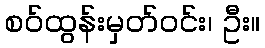
စဝ်ထွန်းမှတ်ဝင်း၊ ဦး။